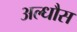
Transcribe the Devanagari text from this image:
अल्धौस